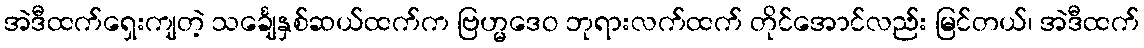
အဲဒီထက်ရှေးကျတဲ့ သင်္ချေနှစ်ဆယ်ထက်က ဗြဟ္မဒေဝ ဘုရားလက်ထက် တိုင်အောင်လည်း မြင်တယ်၊ အဲဒီထက်